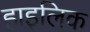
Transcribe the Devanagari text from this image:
हाइलिक